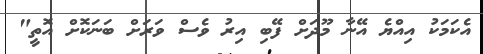
އެކަމަކު އިއްޔެ އޭނާ މޫދަށް ފޭބި އިރު ވެސް ވަރަށް ބަނަކޮށް އޮތީ"